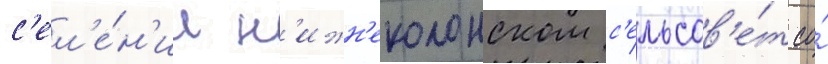
с'ел'е́н'ии н'ижн'еколонском с'ельсов'е́т со́